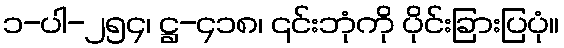
၁-ပါ-၂၅၄၊ ဋ္ဌ-၄၁၈၊ ၎င်းဘုံကို ပိုင်းခြားပြပုံ။